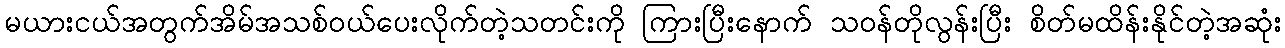
မယားငယ်အတွက်အိမ်အသစ်ဝယ်ပေးလိုက်တဲ့သတင်းကို ကြားပြီးနောက် သဝန်တိုလွန်းပြီး စိတ်မထိန်းနိုင်တဲ့အဆုံး